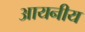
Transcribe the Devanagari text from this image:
आयनीय